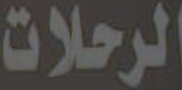
الرحلات